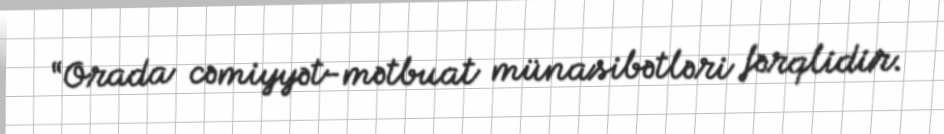
“Orada cəmiyyət-mətbuat münasibətləri fərqlidir.